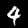
Label: 4